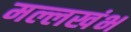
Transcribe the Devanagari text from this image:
मल्लखंभ